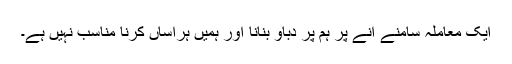
ایک معاملہ سامنے آنے پر ہم پر دباو بنانا اور ہمیں ہراساں کرنا مناسب نہیں ہے۔